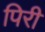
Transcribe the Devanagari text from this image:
पिरी